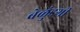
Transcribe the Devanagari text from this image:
बेळुंडगी